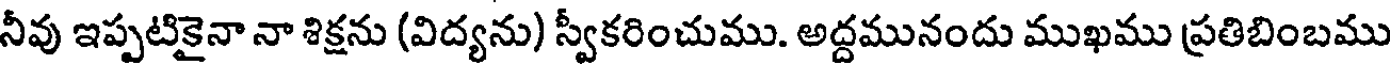
నీవు ఇప్పటికైనా నా శిక్షను (విద్యను) స్వీకరించుము. అద్దమునందు ముఖము ప్రతిబింబము